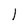
Character: 1